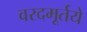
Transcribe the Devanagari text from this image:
वरदमूर्तये